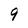
Character: 9